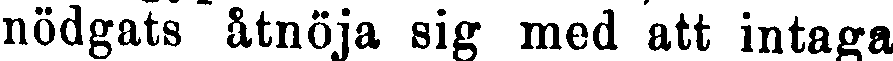
nödgats åtnöja sig med att intaga